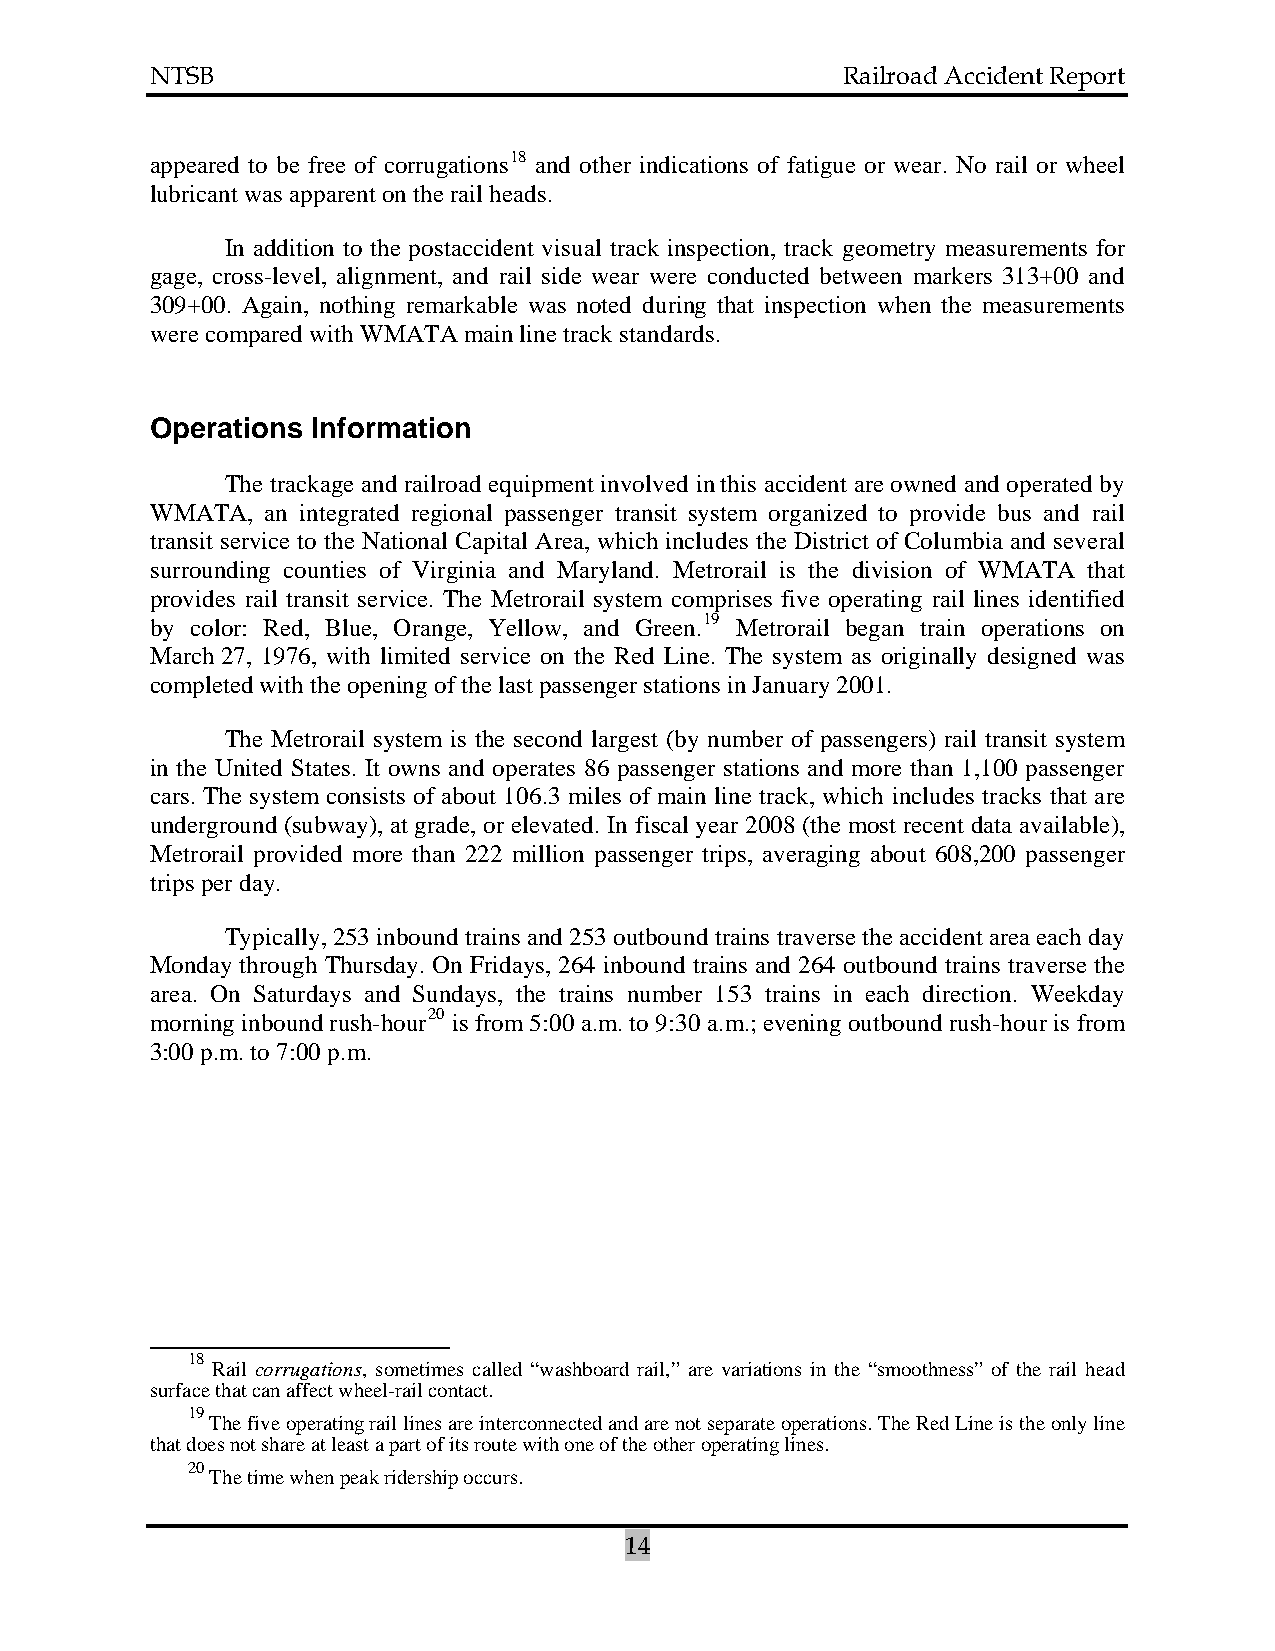
NTSB                                          Railroad Accident Report
 appeared to be free of corrugations18 and other indications of fatigue or wear. No rail or wheel
 lubricant was apparent on the rail heads.
 In addition to the postaccident visual track inspection, track geometry measurements for
 gage, cross-level, alignment, and rail side wear were conducted between markers 313+00 and
 309+00. Again, nothing remarkable was noted during that inspection when the measurements
 were compared with WMATA main line track standards.
 Operations Information
 The trackage and railroad equipment involved in this accident are owned and operated by
 WMATA,  an integrated regional passenger transit system organized to provide bus and rail
 transit service to the National Capital Area, which includes the District of Columbia and several
 surrounding counties of Virginia and Maryland. Metrorail is the division of WMATA that
 provides rail transit service. The Metrorail system comprises five operating rail lines identified
 by color: Red, Blue, Orange, Yellow, and Green.19 Metrorail began train operations on
 March 27, 1976, with limited service on the Red Line. The system as originally designed was
 completed with the opening of the last passenger stations in January 2001.
 The Metrorail system is the second largest (by number of passengers) rail transit system
 in the United States. It owns and operates 86 passenger stations and more than 1,100 passenger
 cars. The system consists of about 106.3 miles of main line track, which includes tracks that are
 underground (subway), at grade, or elevated. In fiscal year 2008 (the most recent data available),
 Metrorail provided more than 222 million passenger trips, averaging about 608,200 passenger
 trips per day.
 Typically, 253 inbound trains and 253 outbound trains traverse the accident area each day
 Monday through Thursday. On Fridays, 264 inbound trains and 264 outbound trains traverse the
 area. On Saturdays and Sundays, the trains number 153 trains in each direction. Weekday
 morning inbound rush-hour20 is from 5:00 a.m. to 9:30 a.m.; evening outbound rush-hour is from
 3:00 p.m. to 7:00 p.m.
 18
 Rail corrugations, sometimes called “washboard rail,” are variations in the “smoothness” of the rail head
 surface that can affect wheel-rail contact.
 19
 The five operating rail lines are interconnected and are not separate operations. The Red Line is the only line
 that does not share at least a part of its route with one of the other operating lines.
 20
 The time when peak ridership occurs.
 14